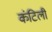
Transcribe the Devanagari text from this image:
कंटिली